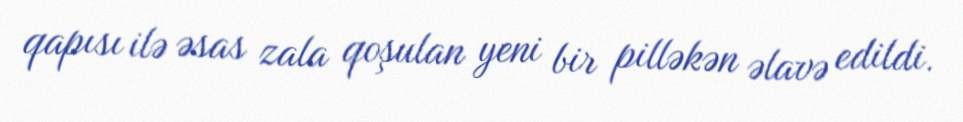
qapısı ilə əsas zala qoşulan yeni bir pilləkən əlavə edildi.